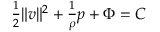
\begin{array} { r } { \frac { 1 } { 2 } \| v \| ^ { 2 } + \frac { 1 } { \rho } p + \Phi = C } \end{array}